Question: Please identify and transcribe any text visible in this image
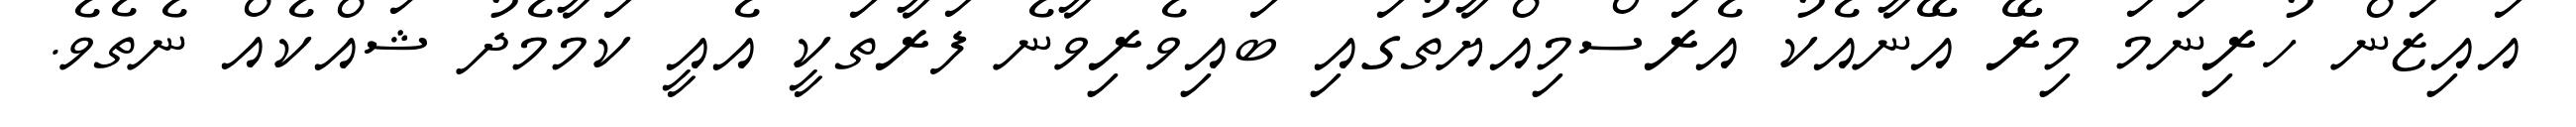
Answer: އައިޒަން ހުރިނަމަ މިރޭ އޭނާއެކު އެރަސްމިއްޔާތުގައި ބައިވެރިވާނެ ފަރާތަކީ އެއީ ކަމާމެދު ޝައްކެއް ނެތެވެ.